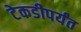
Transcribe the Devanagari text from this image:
टेकडीपर्यंत